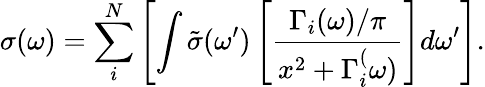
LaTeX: \sigma(\omega)=\sum_{i}^{N}\left[\int\tilde{\sigma}(\omega^{\prime})\left[\frac{\Gamma_{i}(\omega)/\pi}{x^{2}+\Gamma_{i}^{(}\omega)}\right]d\omega^{\prime}\right].